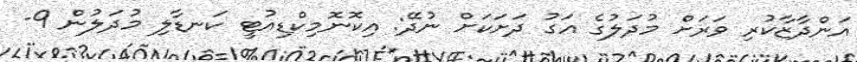
އަންދާޒާކުރި ވަރަށް މުދަލުގެ އަގު ދަށަކަށް ނުދޭ: އިކޮނޮމިކްޑިއުޓީ ކަނޑާލި މުދަލުން 9-